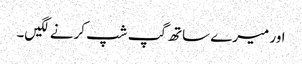
اور میرے ساتھ گپ شپ کرنے لگیں۔